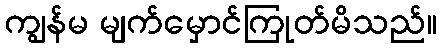
ကျွန်မ မျက်မှောင်ကြုတ်မိသည်။